Civil Veterinary Department. United Provinces 1932-42 - 1932-1942
Year: 1932
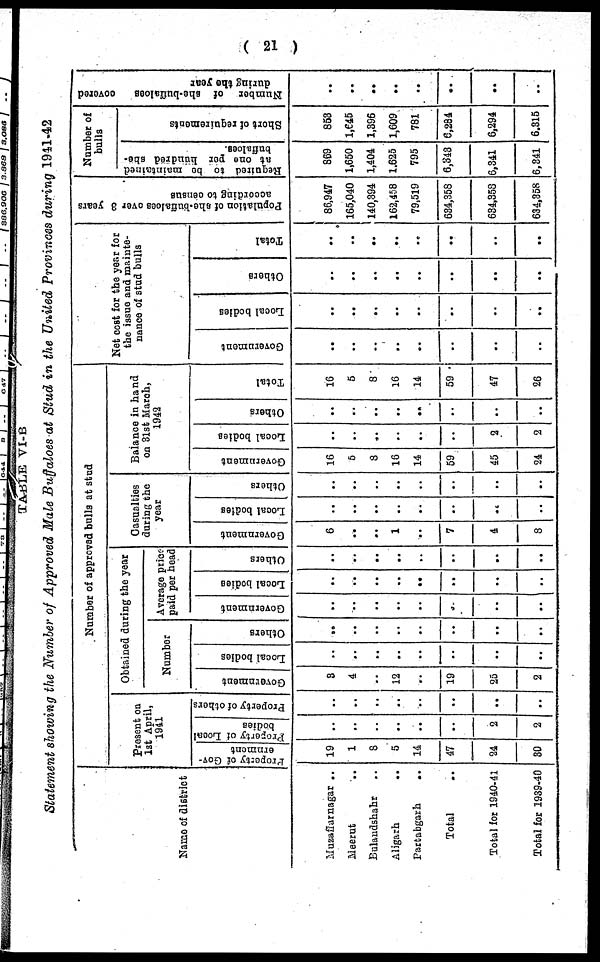
( 21 )
TABLE VI-B
Statement showing the Number of Approved Male Buffaloes at Stud in the United Provinces during 1941-42
Name of district
Muzaffarnagar ..
Meerut
Bulandshahr
Aligarh
Partabgarh
..
Total
Total for 1940-41
Total for 1939-40
Number of approved bulls at stud
Present on
l3t April,
1941
Property of Gov-
ernment
19
1
8
5
14
47
24
30
Property of Local
bodies
..
..
..
..
..
..
2
2
Property of others
..
..
..
..
..
..
..
..
Obtained during the year
Number
Government
3
4
..
12
..
19
25
2
Local bodies
..
..
..
..
..
..
..
..
Others
..
..
..
..
..
..
..
..
Average price-
paid per head
Government
..
..
..
..
..
..
..
..
Local bodies
..
..
..
..
..
..
..
..
Others
..
..
..
..
..
..
..
..
Casualties
daring the
year
Government
6
..
..
1
..
7
4
8
Local bodies
..
..
..
..
..
..
..
..
Others
..
..
..
..
..
..
..
..
Balance in hand
on 3lst March,
1942
Government
16
5
8
16
14
59
45
24
Local bodies
..
..
..
..
..
..
2
2
Others
..
..
..
..
..
..
..
..
Total
16
5
8
16
14
59
47
26
Net cost for the year for
the issue and mainte-
nance of stud bulls
Government
..
..
..
..
..
..
..
..
Local bodies
..
..
..
..
..
..
..
..
Others
..
..
..
..
..
..
..
..
Total
..
..
..
..
..
..
..
..
Population of she-buffaloes
ove
according to census
86,947
165,040
140,394
162,458
79,519
684,358
684,353
634,358
Number of
bulls
Required to bo maintained
at one per hundred she-
buffaloes.
869
1,650
1,404
1,625
795
6,843
6,341
6,341
Short of requirements
853
1,645
1,396
1,609
781
6,284
6,294
6,315
Number of she-buffaloes
covered
during the year
..
..
..
..
..
..
..
..